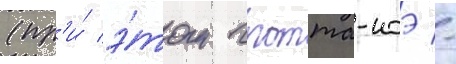
(пр'и́ э́том гротта-ноэ -